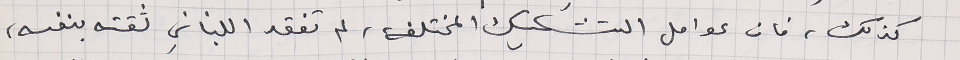
كذلك، فان عوامل التشكيك المختلفة، لم تفقد اللبناني ثقته بنفسه،